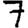
Digit: 7